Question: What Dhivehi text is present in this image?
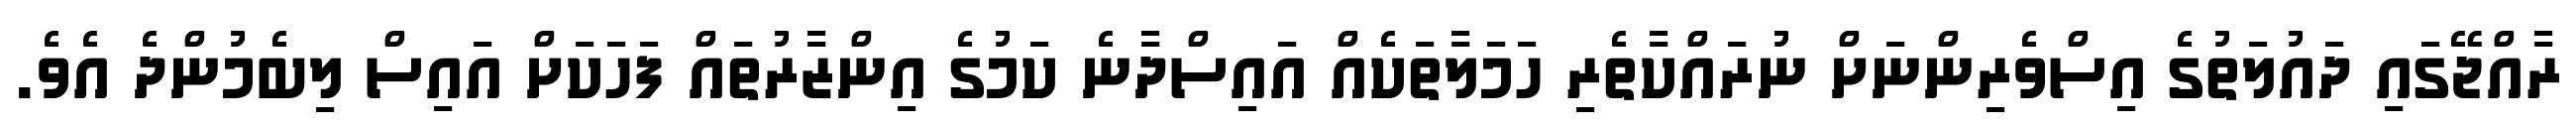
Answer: ރާއްޖޭގައި ދައުލަތުގެ އިސްވެރިންނަށް ނުރައްކާތެރި ހަމަލާތަކެއް އައިސްދާނެ ކަމުގެ އިންޒާރުތައް ފަހަކަށް އައިސް ލިބެމުންދެ އެވެ.